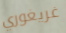
غريغوري